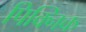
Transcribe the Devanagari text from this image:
पिक्निक